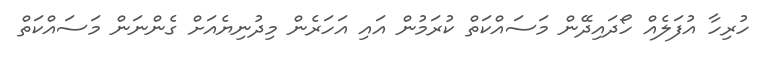
ހުރިހާ އުފަލެއް ހޯދައިދޭން މަސައްކަތް ކުރަމުން އައި އަހަރެން މިދުނިޔެއަށް ގެންނަން މަސައްކަތް